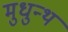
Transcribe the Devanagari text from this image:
मुधुन्थ